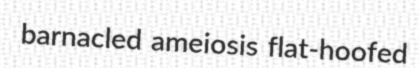
barnacled ameiosis flat-hoofed